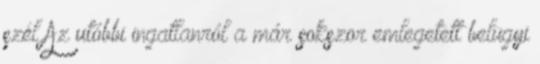
szél Az utóbbi ingatlanról a már sokszor emlegetett belügyi